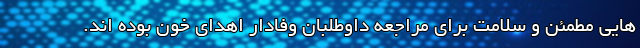
هایی مطمئن و سلامت برای مراجعه داوطلبان وفادار اهدای خون بوده اند.